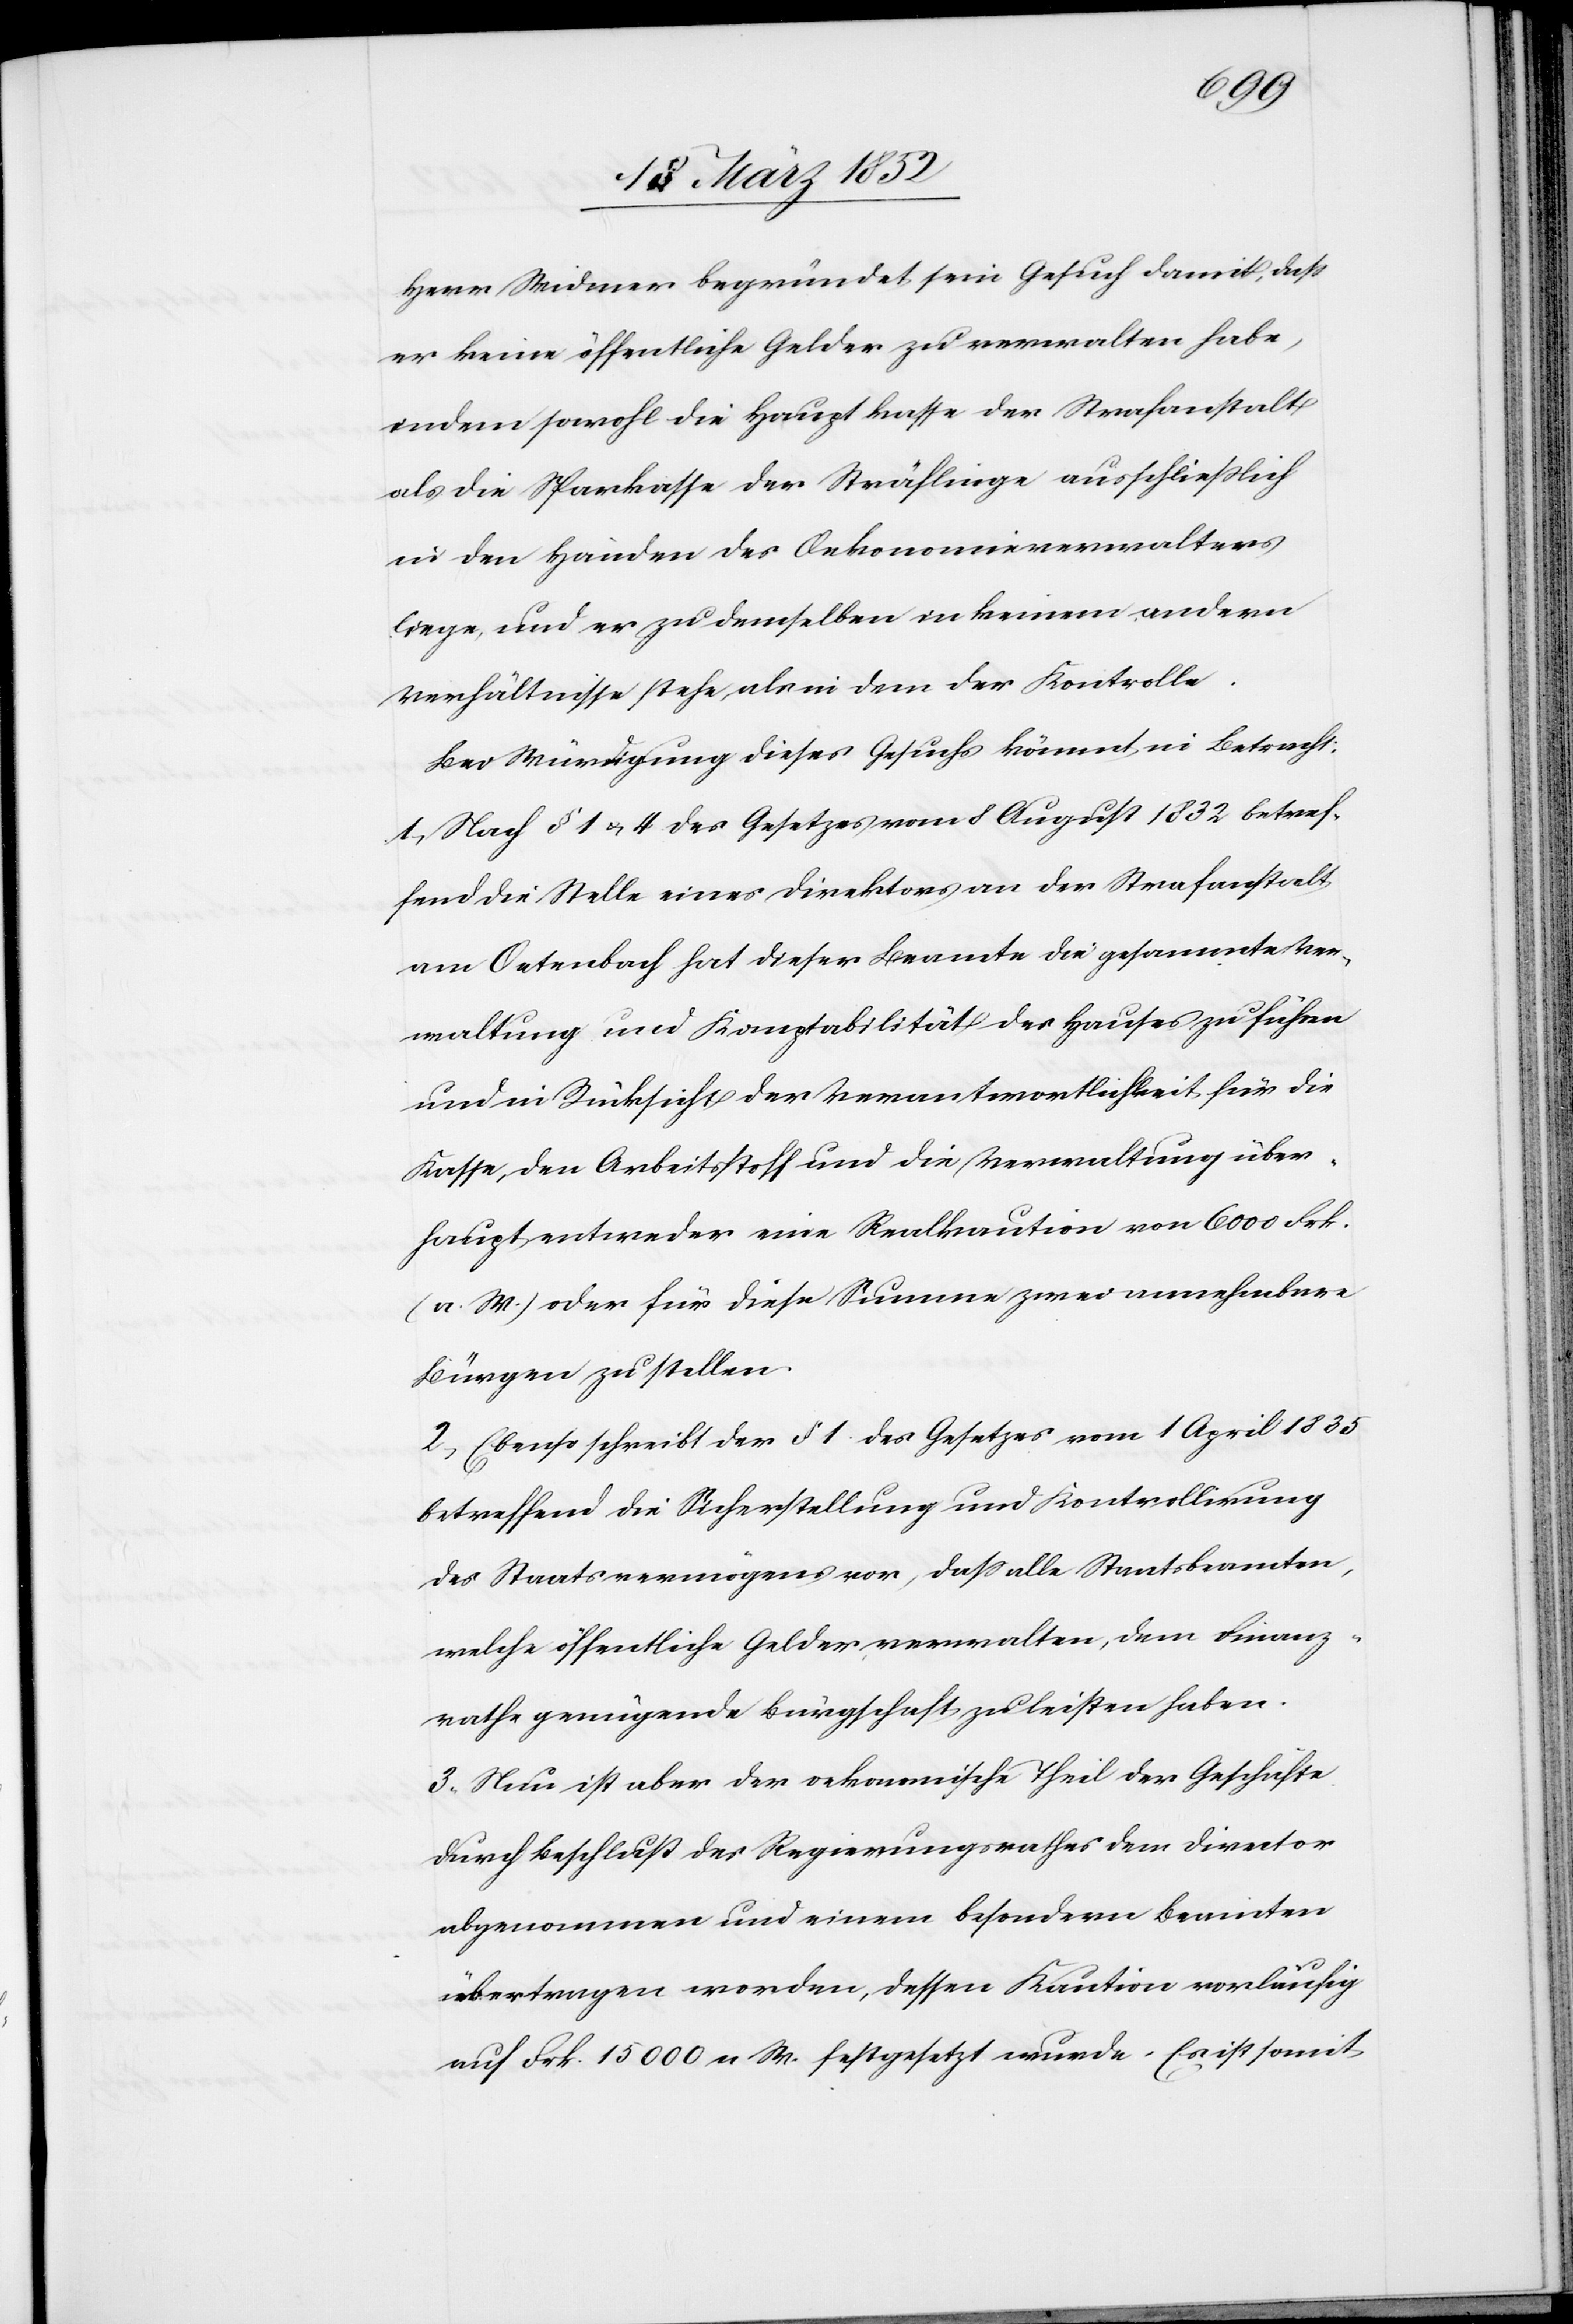
Herr Widmer begründet sein Gesuch damit, daß
er keine öffentlichen Gelder zu verwalten habe,
indem sowohl die Hauptkasse der Strafanstalt
als die Sparkasse der Sträflinge ausschließlich
in den Händen des Oekonomieverwalters
liege, und er zu demselben in keinem andern
Verhältnisse stehe, als in dem der Kontrolle.
Bei Würdigung dieses Gesuchs kömmt in Betracht:
1) Nach § 1 u. 4 des Gesetzes vom 8 August 1832 betref¬
fend die Stelle eines Direktors an der Strafanstalt
am Oetenbach hat dieser Beamte die gesammte Ver¬
waltung und Komptabilität des Hauses zu führen
und in Rücksicht der Verantwortlichkeit für die
Kasse den Arbeitsstoff und die Verwaltung über¬
haupt, entweder eine Realkaution von 6000 Frk.
(n. W.) oder für diese Summe zwei annehmbare
Bürgen zu stellen.
2) Ebenso schreibt der § 1 des Gesetzes vom 1 April 1835
betreffend die Sicherstellung und Kontrollirung
des Staatsvermögens vor, daß alle Staatsbeamten,
welche öffentliche Gelder verwalten, dem Finanz¬
rathe genügende Bürgschaft zu leisten haben.
3) Nun ist aber der oekonomische Theil der Geschäfte
durch Beschluß des Regierungsrathes dem Director
abgenommen und einem besondern Beamten
übertragen worden, dessen Kaution vorläufig
auf Frk. 15 000 n W. festgesetzt wurde. Es ist somit